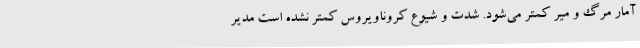
آمار مرگ و میر کمتر می‌شود. شدت و شیوع کروناویروس کمتر نشده است مدیر